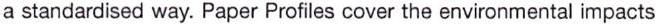
a standardised way. Paper Profiles cover the environmental impacts